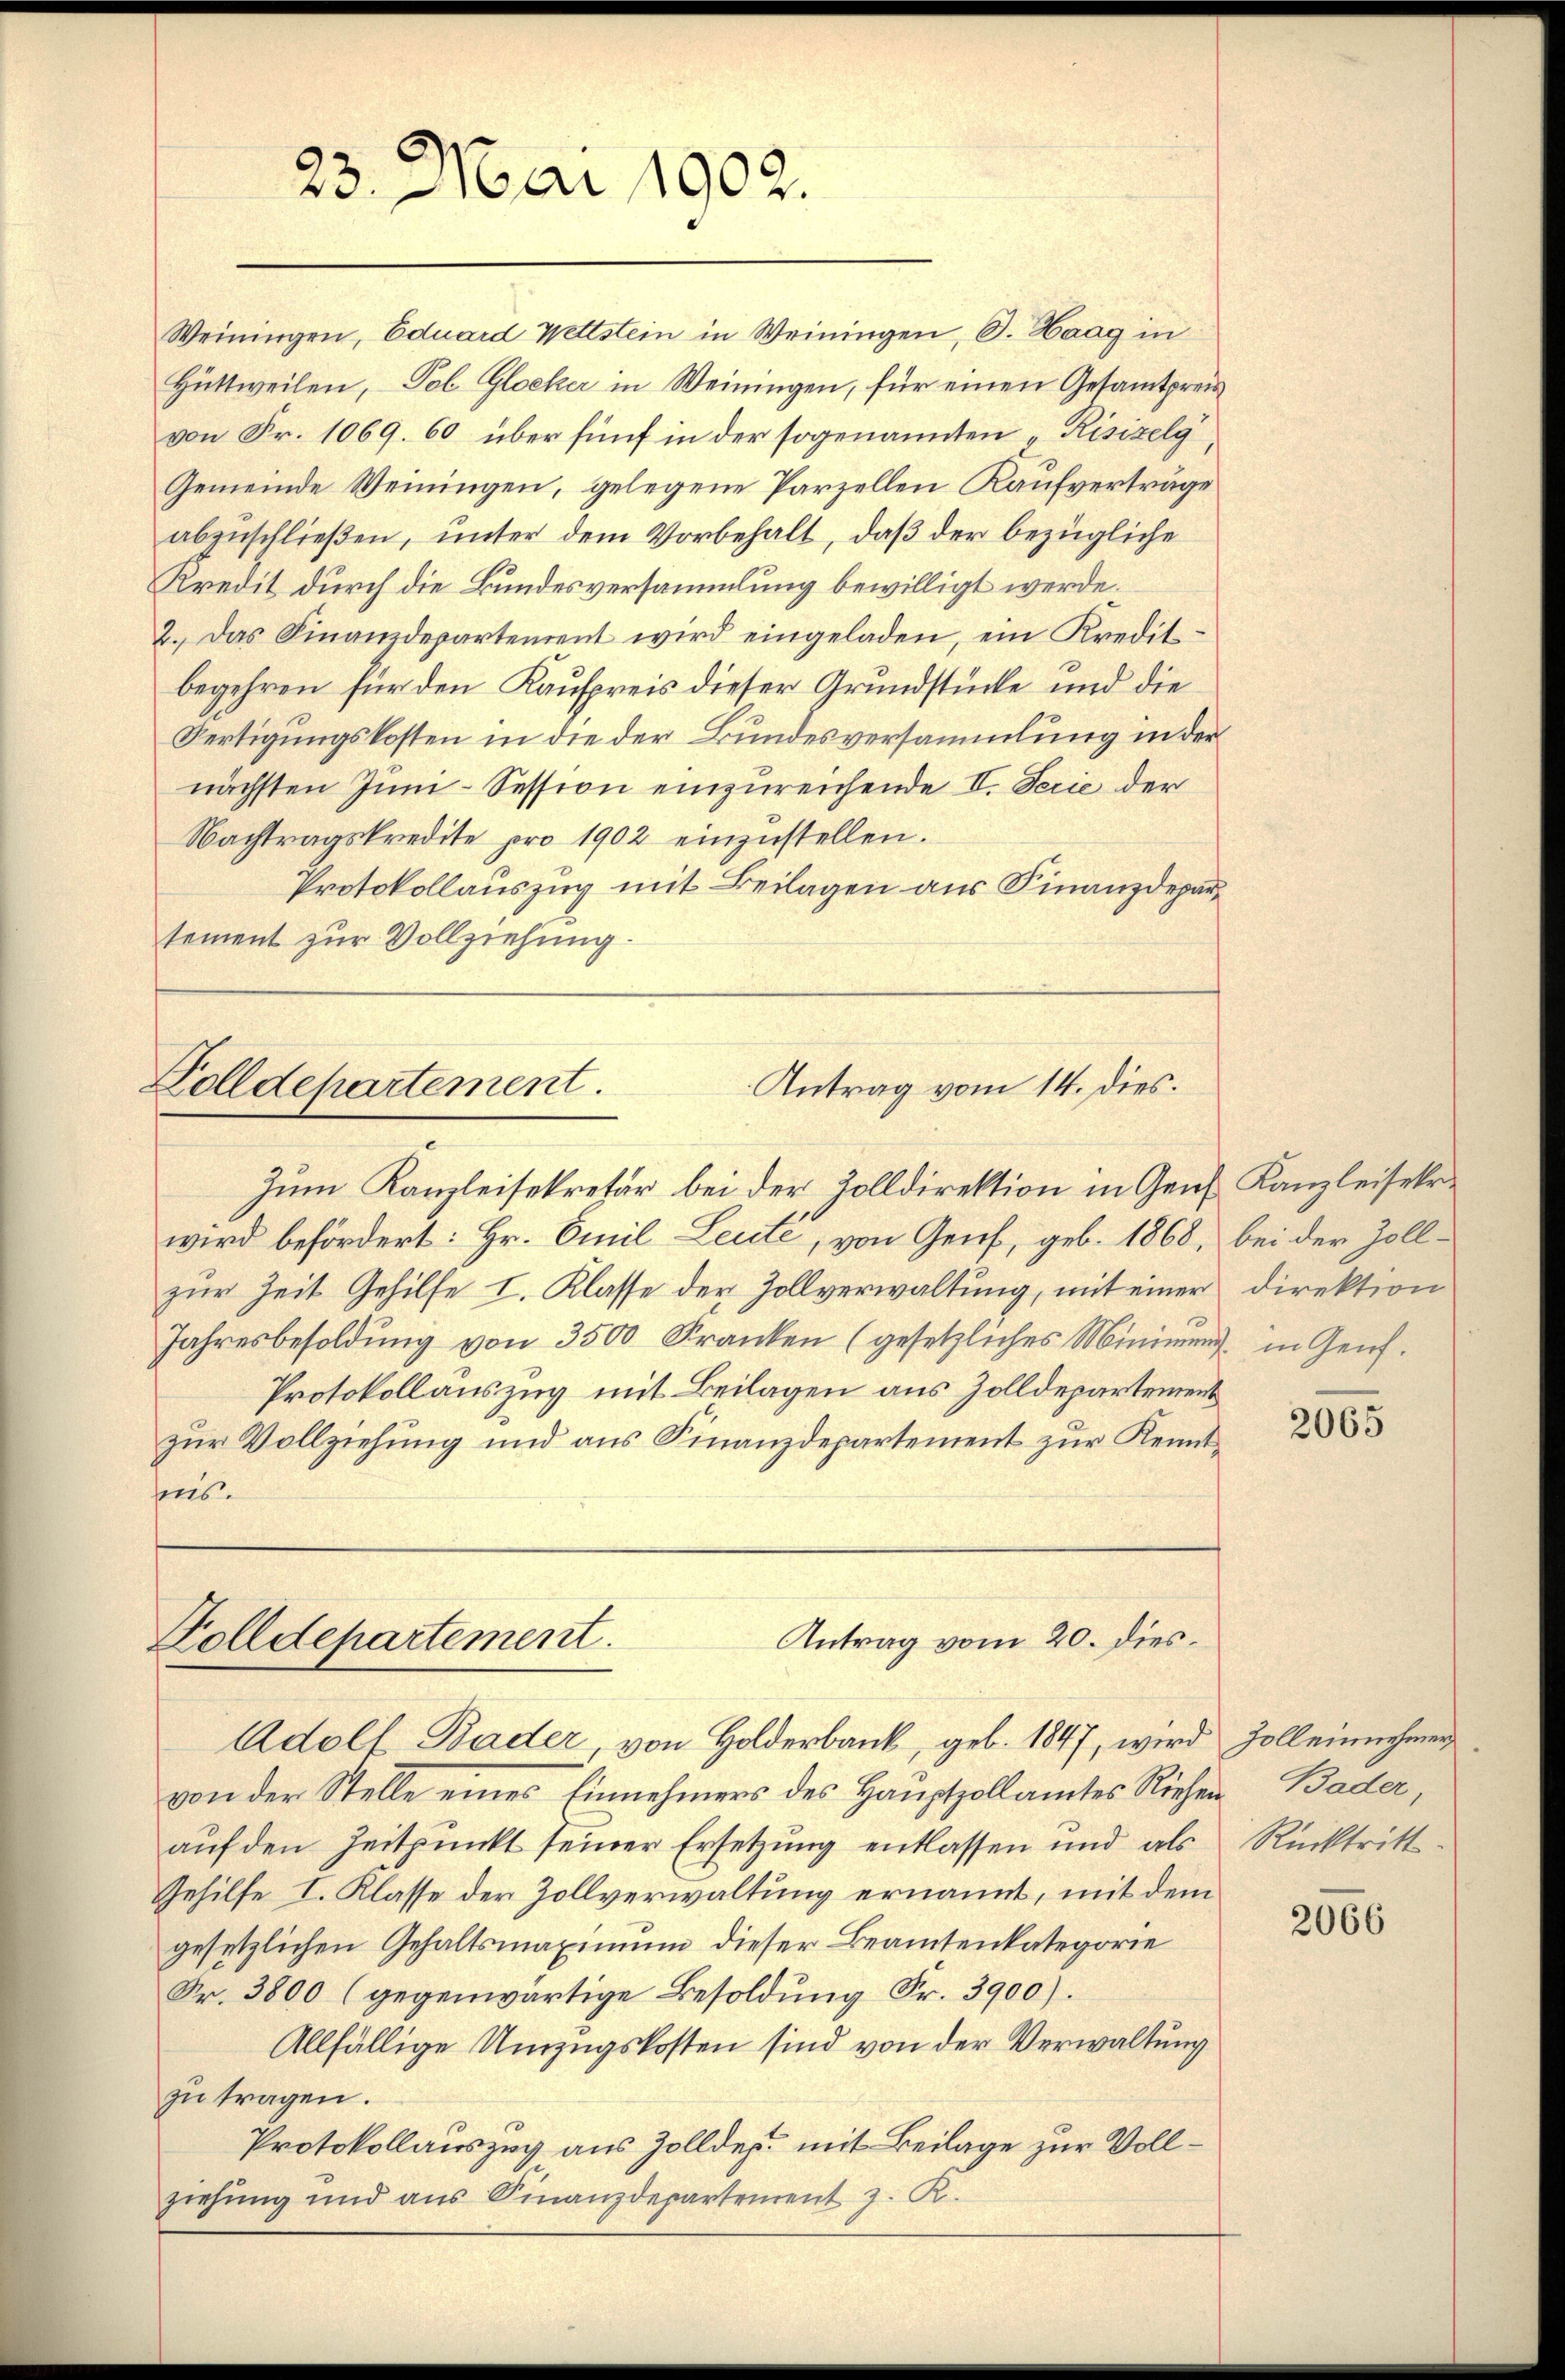
23. Mai 1902.

Weiningen, Eduard Wettstein in Weiningen, S. Haag in
Hüttweilen, Tol Glocker in Weiningen, für einen Gesamtpreisvon Fr. 1069. 60 über fünf in der sogenannten „Risizelg
Gemeinde Weiningen, gelegene Parzellen Kaufverträge
abzuschließen, unter dem Vorbehalt, daß der bezügliche
Kredit durch die Bundesversammlung bewilligt werde.
2. Das Finanzdepartement wird eingeladen, ein Kredit-
begehren für den Kaufpreis dieser Grundstücke und die
Fertigungskosten in die der Bundesversammlung in der
nächsten Juni-Session einzureichende II. Secie der
Nachtragskredite pro 1902 einzustellen.
Protokollauszug mit Beilagen aus Finanzdepartement zur Vollziehung.

Zolldepartement.
Antrag vom 14. dies.

Zum Kanzleisekretär bei der Zolldirektion in Genf Kanzleisekre
wird befördert: Hr. Emil Leute, von Genf, geb. 1868, bei der Zollzur Zeit Gehilfe I. Klasse der Zollverwaltung, mit einer Direktion
Jahresbesoldŭng von 3500 Kranken (gesetzliches Minimen in Genf.
Protokollauszug mit Beilagen aus Zolldepartement
zur Vollziehung und aus Finanzdepartement zur Kenntsens.

Antrag vom 20. dies
Zolldepartement.
Adolf Bader, von Holderbank, geb. 1847, wird Zoll einnehmen

von der Stelle eines Einnehmers des Hauptzollamtes Riehen Bader,
auf den Zeitpunkt seiner Ersetzung entlassen und als
Gehilfe I. Klasse der Zollverwaltung ernannt, mit dem
gesetzlichen Gehaltsmaximum dieser Beamtenkategorie
Fr. 3800 (gegenwärtige Besoldung Fr. 3900).
Allfällige Umzugskosten sind von der Verwaltung
zu tragen.
Protokollauszug aus Zolldep. mit Beilage zur Vollziehung und aus Finanzdepartement z. B

2065

Rücktritt.

2066